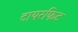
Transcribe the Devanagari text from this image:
टायरफिट